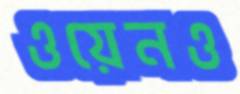
ওয়েনও